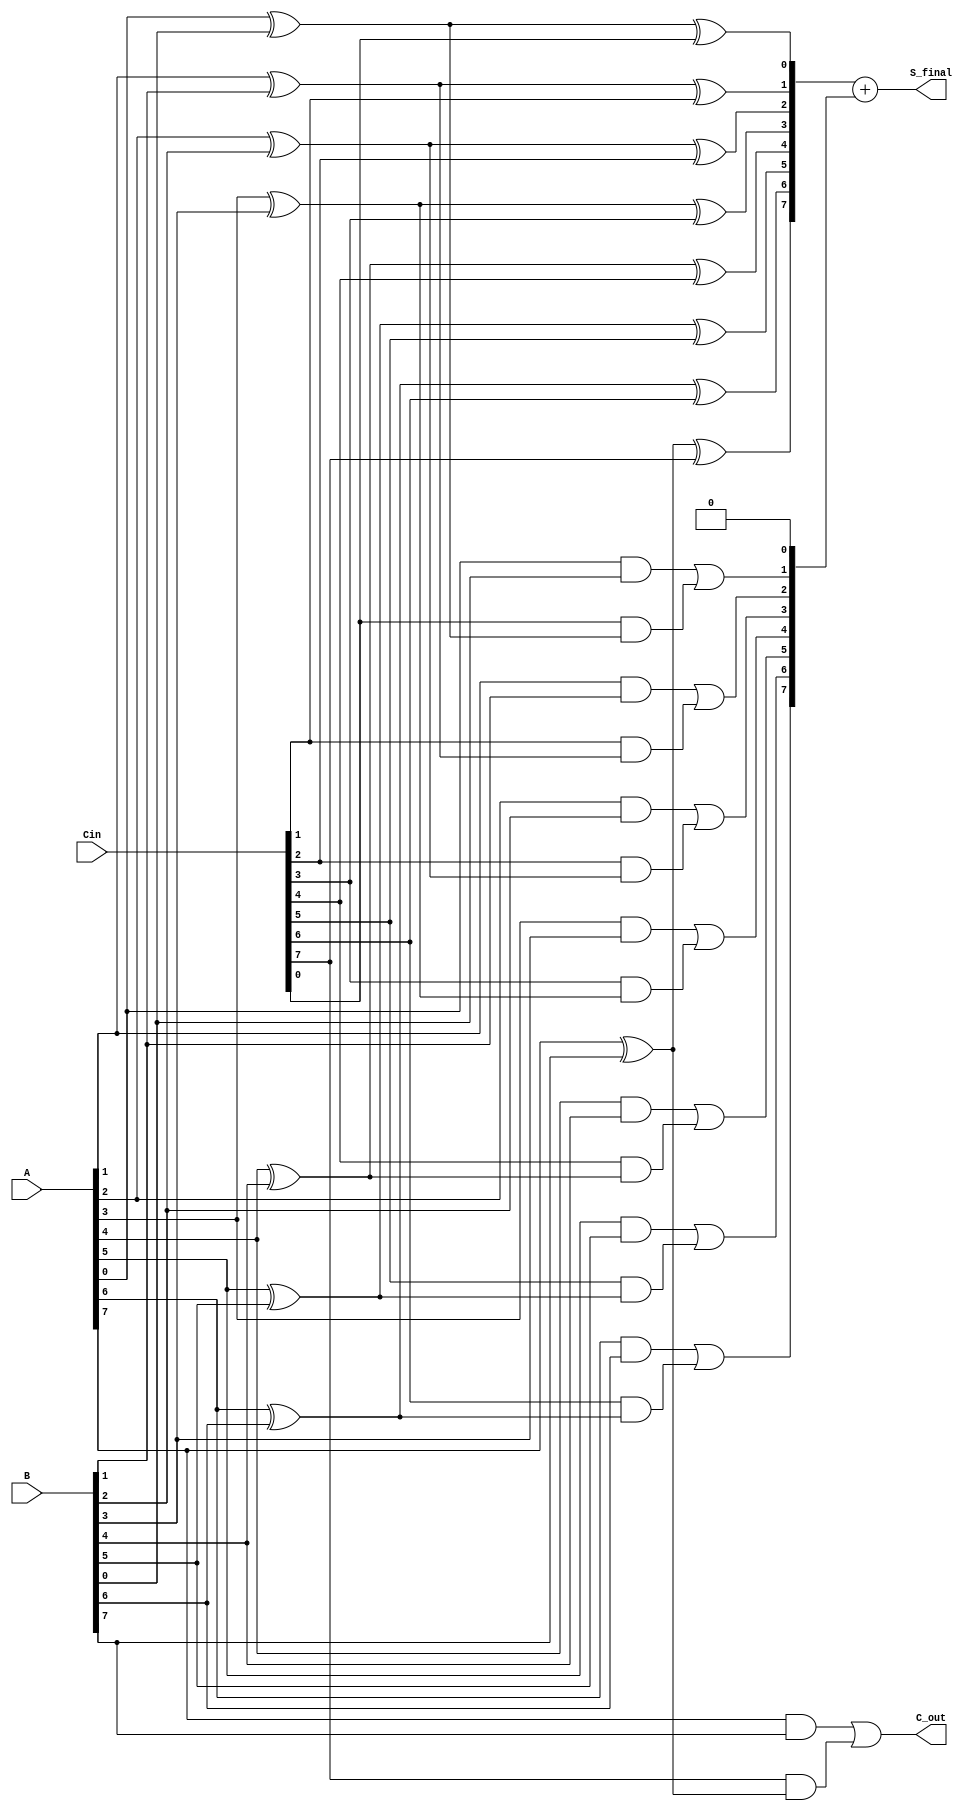
module carry_save_adder #(
    parameter N = 8 // Width of the input vectors
)(
    input  [N-1:0] A,     // First input
    input  [N-1:0] B,     // Second input
    input  [N-1:0] Cin,   // Carry-in
    output [N-1:0] S_final, // Final sum output
    output C_out          // Final carry-out
);

    wire [N-1:0] S;        // Partial sum
    wire [N:0] C;          // Carry bits, C[N] is the final carry-out

    // Generate partial sums and carries
    genvar i;
    generate
        for (i = 0; i < N; i = i + 1) begin : adder
            // Sum calculation
            assign S[i] = A[i] ^ B[i] ^ Cin[i];
            // Carry calculation
            assign C[i+1] = (A[i] & B[i]) | (Cin[i] & (A[i] ^ B[i]));
        end
    endgenerate

    // The least significant carry (C[0]) is initialized to 0
    assign C[0] = 1'b0;

    // Final carry-out
    assign C_out = C[N];

    // Final sum calculation with carry propagation
    assign S_final = S + C[N-1:0]; // Adding the final carry to the sum

endmodule